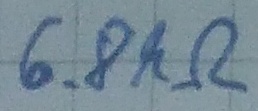
Text: 6.8kΩ